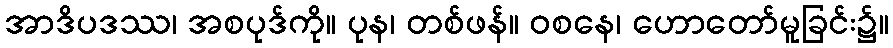
အာဒိပဒဿ၊ အစပုဒ်ကို။ ပုန၊ တစ်ဖန်။ ဝစနေ၊ ဟောတော်မူခြင်း၌။